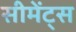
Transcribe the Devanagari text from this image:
सीमेंट्स